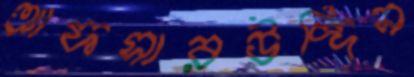
আফসারউদ্দিন